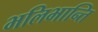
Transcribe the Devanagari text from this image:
भलिभान्ति